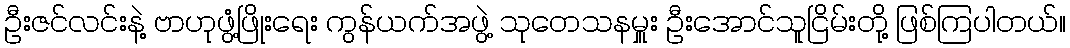
ဦးဇင်လင်းနဲ့ ဗာဟုဖွံ့ဖြိုးရေး ကွန်ယက်အဖွဲ့ သုတေသနမှူး ဦးအောင်သူငြိမ်းတို့ ဖြစ်ကြပါတယ်။